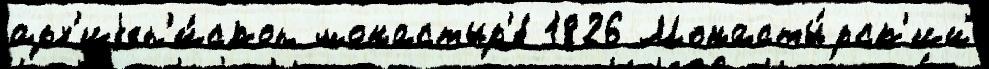
арх'иjеп'и́скоп монастыр'е́ 1826 Монасты́рск'ий